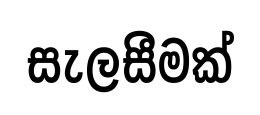
සැලසීමක්